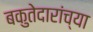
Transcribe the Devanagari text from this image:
बकुतेदारांच्या